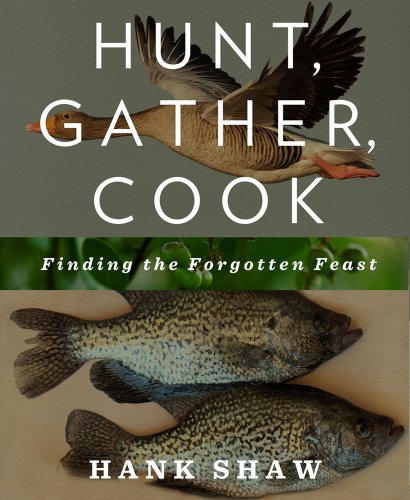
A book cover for Hunt, Gather, Cook: Finding the Forgotten Feast; Hank Shaw; Cookbooks, Food & Wine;